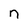
Character: n